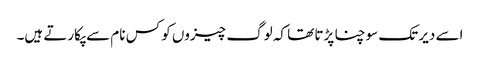
اسے دیر تک سوچنا پڑتا تھا کہ لوگ چیزوں کو کس نام سے پکارتے ہیں۔